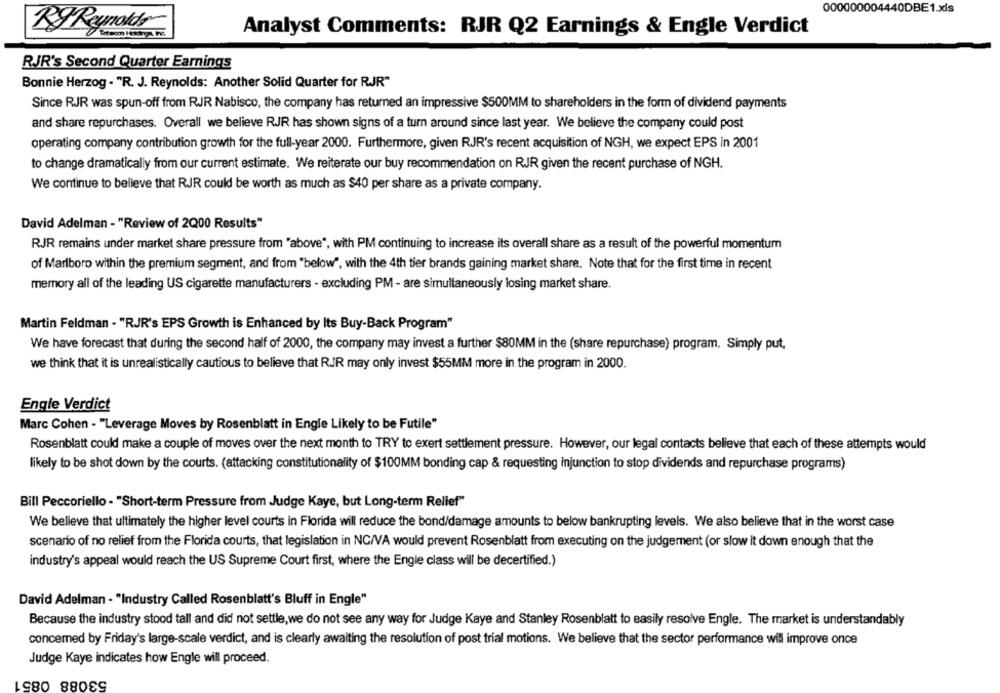
000000004440DBE1.xls
By Reynolds
Analyst Comments: RJR Q2 Earnings & Engle Verdict
RJR's Second Quarter Earnings
Bonnie Herzog . "R. J. Reynolds: Another Solid Quarter for RJR"
Since RJR was spun-off from RJR Nabisco, the company has returned an impressive $500MM to shareholders in the form of dividend payments
and share repurchases. Overall we believe RJR has shown signs of a turn around since last year. We believe the company could post
operating company contribution growth for the full-year 2000. Furthermore, given RJR's recent acquisition of NGH, we expect EPS in 2001
to change dramatically from our current estimate. We reiterate our buy recommendation on RJR given the recent purchase of NGH.
We continue to believe that RJR could be worth as much as $40 per share as a private company.
David Adelman - "Review of 2Q00 Results"
RJR remains under market share pressure from "above", with PM continuing to increase its overall share as a result of the powerful momentum
of Marlboro within the premium segment, and from "below", with the 4th tier brands gaining market share. Note that for the first time in recent
memory all of the leading US cigarette manufacturers - excluding PM - are simultaneously losing market share.
Martin Feldman - "RJR's EPS Growth is Enhanced by Its Buy-Back Program"
We have forecast that during the second half of 2000, the company may invest a further $80MM in the (share repurchase) program. Simply put,
we think that it is unrealistically cautious to believe that RJR may only invest $55MM more in the program in 2000.
Engle Verdict
Marc Cohen - "Leverage Moves by Rosenblatt in Engle Likely to be Futile"
Rosenblatt could make a couple of moves over the next month to TRY to exert settlement pressure. However, our legal contacts believe that each of these attempts would
likely to be shot down by the courts. (attacking constitutionality of $100MM bonding cap & requesting injunction to stop dividends and repurchase programs)
Bill Peccoriello - "Short-term Pressure from Judge Kaye, but Long-term Relief"
We believe that ultimately the higher level courts in Florida will reduce the bond/damage amounts to below bankrupting levels. We also believe that in the worst case
scenario of no relief from the Florida courts, that legislation in NC/VA would prevent Rosenblatt from executing on the judgement (or slow it down enough that the
industry's appeal would reach the US Supreme Court first, where the Engle class will be decertified.)
David Adelman - "Industry Called Rosenblatt's Bluff in Engle"
Because the industry stood tall and did not settle, we do not see any way for Judge Kaye and Stanley Rosenblatt to easily resolve Engle. The market is understandably
concemed by Friday's large-scale verdict, and is clearly awaiting the resolution of post trial motions. We believe that the sector performance will improve once
Judge Kaye indicates how Engle will proceed.
53088 0851